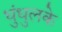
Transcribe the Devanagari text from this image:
धुंधुलके